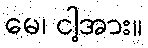
မေ၊ ငါ့အား။